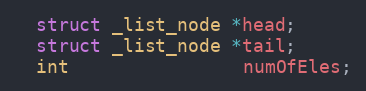
Language: C
  struct _list_node *head;
  struct _list_node *tail;
  int                numOfEles;